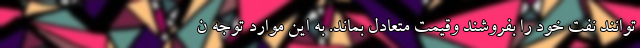
توانند نفت خود را بفروشند وقیمت متعادل بماند. به این موارد توجه ن